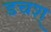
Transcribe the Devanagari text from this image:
डचश्